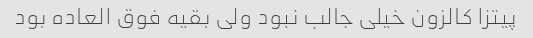
پیتزا کالزون خیلی جالب نبود ولی بقیه فوق العاده بود